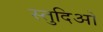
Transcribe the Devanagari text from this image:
स्तुदिओ